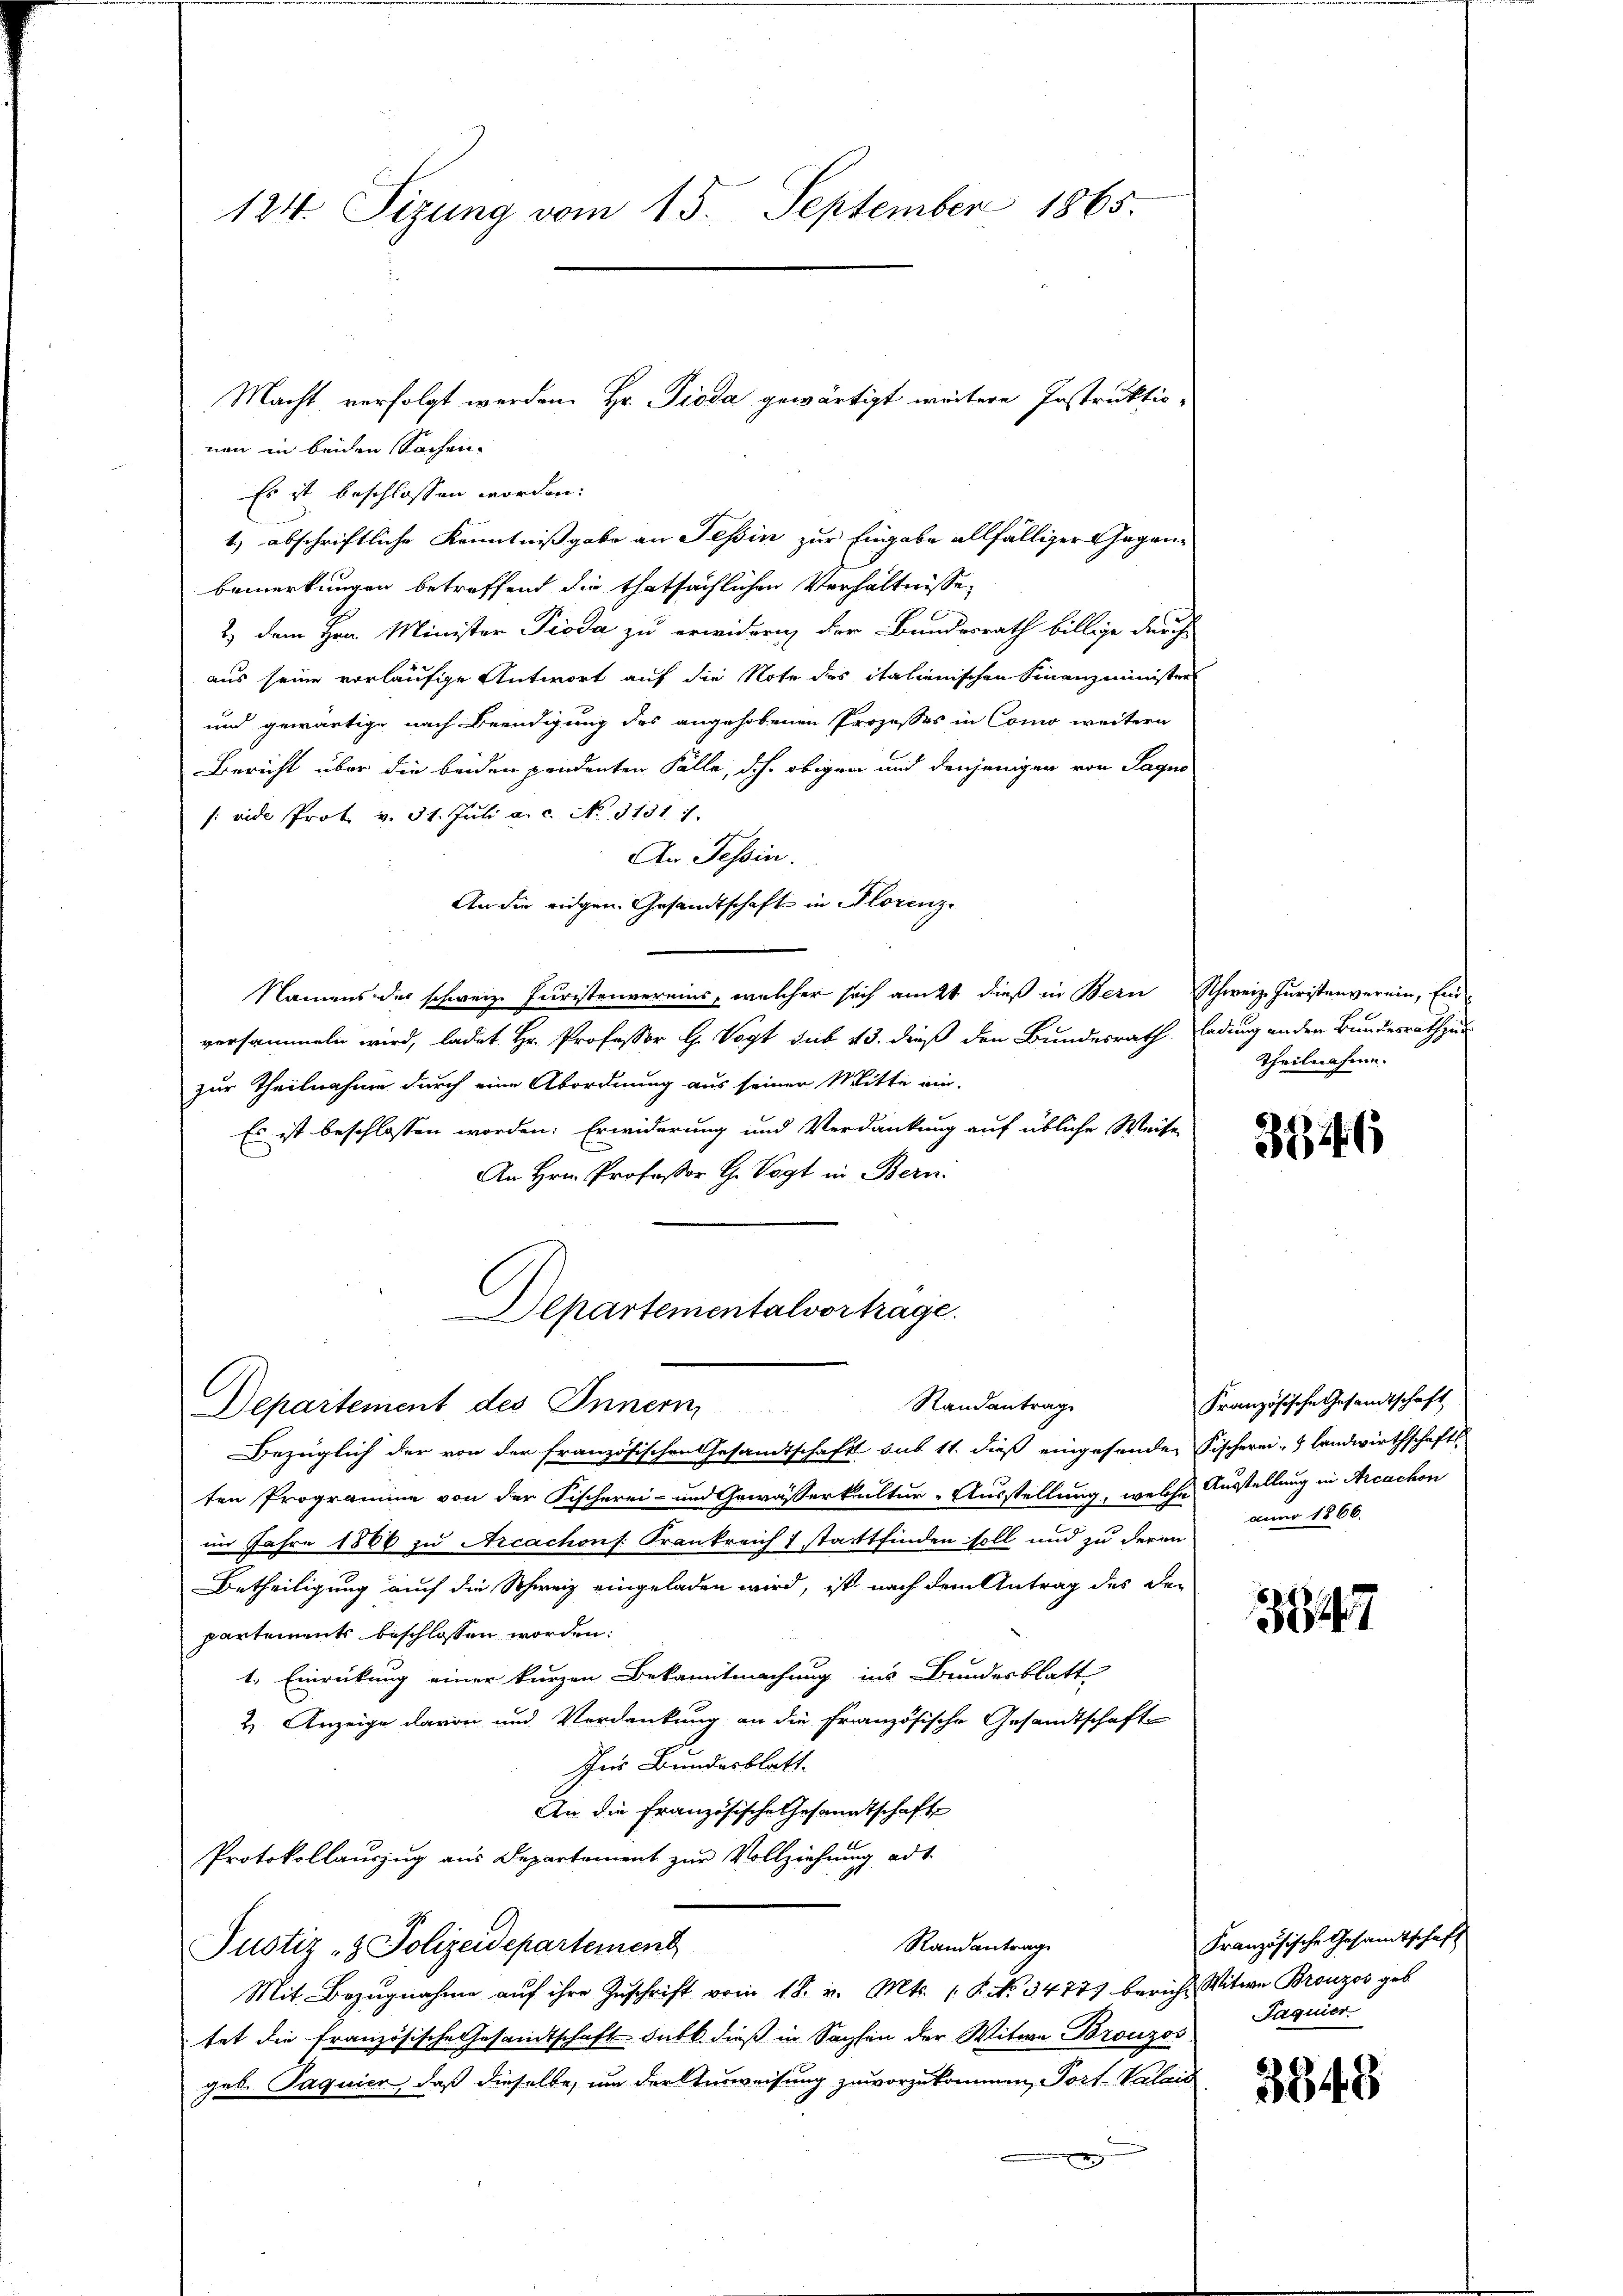
124. Sizung vom 15. September 1865.

nen in beiden Sachen
Es ist beschlossen worden:
1.) abschriftliche Kenntnißgabe an Tessin zur Eingabe allfälliger Gegenbemerkungen betreffend die thatsächlichen Verhältnisse,
2) dem Hrn. Minister Pioda zu erwidern, der Bundesrath billige durch
aus seine vorläufige Antwort auf die Note des italienischen Finanzminister
und gewärtige nach Beendigung des angehobenen Prozesses in Como weitern
Bericht über die beiden pendenten Fälle, dch obigen und denjenigen von Sagno
/: vide Prot. v. 31. Juli a.c. No. 31317.
An Tessin.
An die eidgen. Gesandtschaft in Florenz¬
Namens des schweiz. Juristenvereins, welcher sich am 21. dieß in Bern Schweiz. Juristenverein, Ein-
versammeln wird, ladet Hr. Professor H. Vogt sub 23. dieß den Bundesrath Endung ander Bundesrath zur
zur Theilnahme durch eine Abordnung aus seiner Mitte ein-
Es ist beschlossen worden. Erwiderung und Verdankung auf übliche Weise
An Hrn. Professor H. Vogt in Bern.

Macht, verfolgt werden. Hr. Pioda gewärtigt weitere Instruktio¬

Departementalvortrage.

Randantrage

Theilnahme.

Departement des Innern
Bezüglich der von der französischen Gesamtschaft sub 11. dieß eingesenden Fischerei- & Landwirthschafts
ten Programme von der Fischerei- und Gewässerkultur-Ausstellung, welche Ausstellung in Arcachon
im Jahre 1886 zu Arcachons: Frankreich 1 stattfinden soll und zu deren
Betheiligung auch die Schweiz eingeladen wird, ist nach dem Antrag des De-
partements beschlossen worden:
1. Einrückung einer kurzen Bekanntmachung ins Bundesblatt
2. Anzeige davon und Verdankung an die Französische Gesamtschaft
Ins Bundesblatt.
An die Französische Gesandtschaft
Protokollauszug aus Departement zur Vollziehung ad 1.
Randantrag
Justiz - Polizeidepartement
Mit Bezŭgnahme aŭf ihre Zuschrift vom 18. v. Mts. 1. P. No 3477) bericht Witwe Bronzes geb.
tat die Französische Gesandtschaft Subk. dieß in Sachen der Witwe Bronzos
geb. Paquier, daß dieselbe, um der Ausweisung zu vorzukommen, Port. Valais

8346

Französische Gesandtschaft
auno 1866.

3847

Französische Gesandtschaft
Jaguier

3348